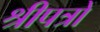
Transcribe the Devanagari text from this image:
श्रीपत्रों